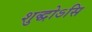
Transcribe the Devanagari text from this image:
शुद्धोऽसि